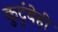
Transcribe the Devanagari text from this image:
कुटुंबेही